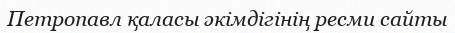
Петропавл қаласы әкімдігінің ресми сайты